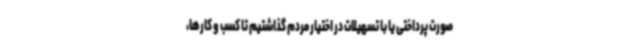
صورت پرداختی یا با تسهیلات در اختیار مردم گذاشتیم تا کسب و کارها،